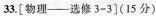
33.[物理--选修3-3](15分)